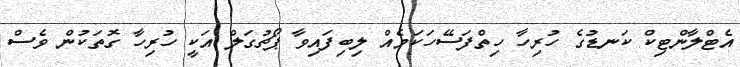
އެޓްލާންޓިކް ކަނޑުގެ ހުރިހާ ހިތްފަސޭހަކަމެއް ލިބިފައިވާ ޕޯޗުގަލް އަކީ ހުރިހާ ގޮތަކުން ވެސް